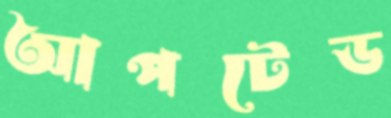
আপটেড